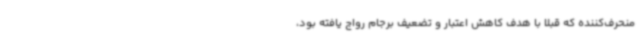
منحرف‌کننده که قبلا با هدف کاهش اعتبار و تضعیف برجام رواج یافته بود،